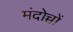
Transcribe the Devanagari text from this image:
मंदोच्चों